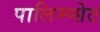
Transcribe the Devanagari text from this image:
पालिम्प्सेट